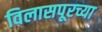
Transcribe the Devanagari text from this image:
विलासपूरच्या